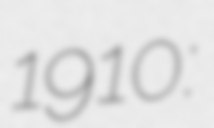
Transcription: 1910: